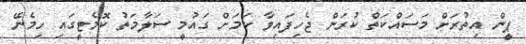
ޕީން އިތުރަށް މަސައްކަތް ކުރަން ޖެހިފައިވާ ކަމަށް ގައުމީ ސަލާމަތު ކޮމެޓީގައި ހިމެނޭ